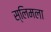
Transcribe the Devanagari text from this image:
स्लिमला